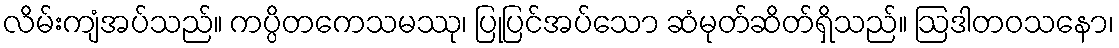
လိမ်းကျံအပ်သည်။ ကပ္ပိတကေသမဿု၊ ပြုပြင်အပ်သော ဆံမုတ်ဆိတ်ရှိသည်။ ဩဒါတဝသနော၊